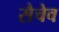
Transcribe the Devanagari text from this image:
सैचेव